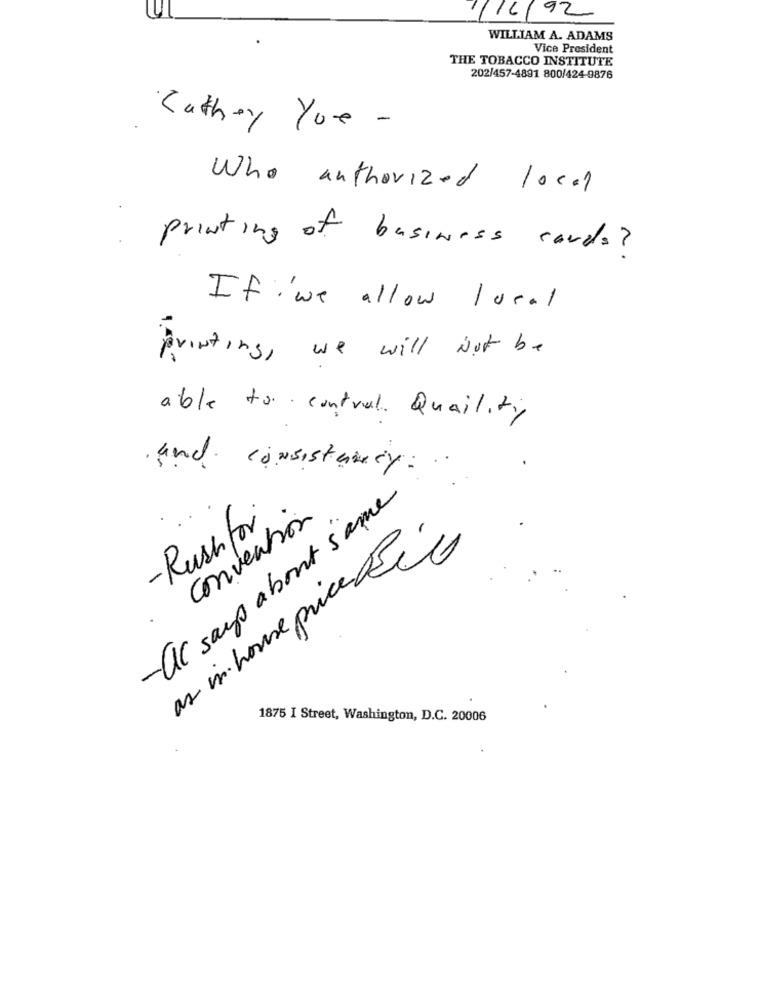
1/16/92
WILLIAM A. ADAMS
Vice President
THE TOBACCO INSTITUTE
202/457-4891 800/424-9876
Cathey You -
Who authorized local
printing of business cards?
If 'we allow local
Printing , we will Not be
able to contral. Quaility
and consistency.
-al says about same
-Rushfor
convention
as in house price det
1875 I Street, Washington, D.C. 20006